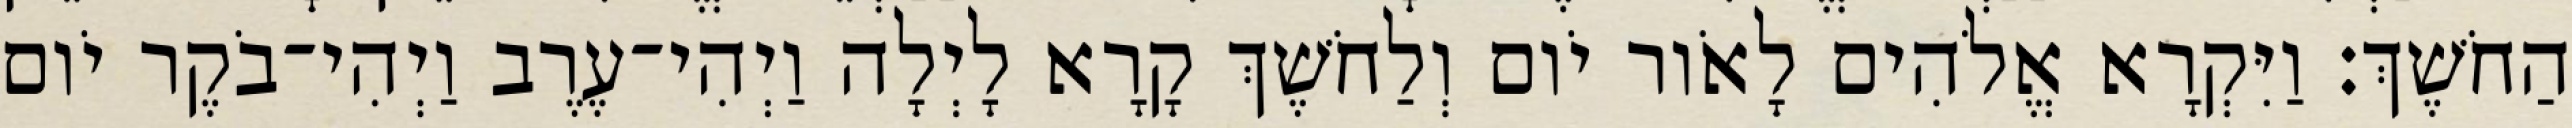
הַחֹשֶׁךְ׃ וַיִּקְרָא אֱלֹהִים לָאֹור יֹום וְלַחֹשֶׁךְ קָרָא לָיְלָה וַיְהִי־עֶרֶב וַיְהִי־בֹקֶר יֹום